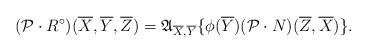
LaTeX: \begin{align*} (\mathcal{P} \cdot R^{\circ})(\overline{X},\overline{Y},\overline{Z})=\mathfrak{A}_{\overline{X},\overline{Y}}\{\phi(\overline{Y})(\mathcal{P} \cdot N)(\overline{Z}, \overline{X})\}.\end{align*}